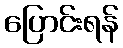
ပြောင်းရန်